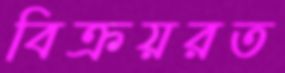
বিক্রয়রত